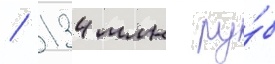
/ 134 млн ру́б